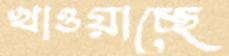
খাওয়াচ্ছে